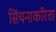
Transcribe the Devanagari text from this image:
सिंचनाकरिता